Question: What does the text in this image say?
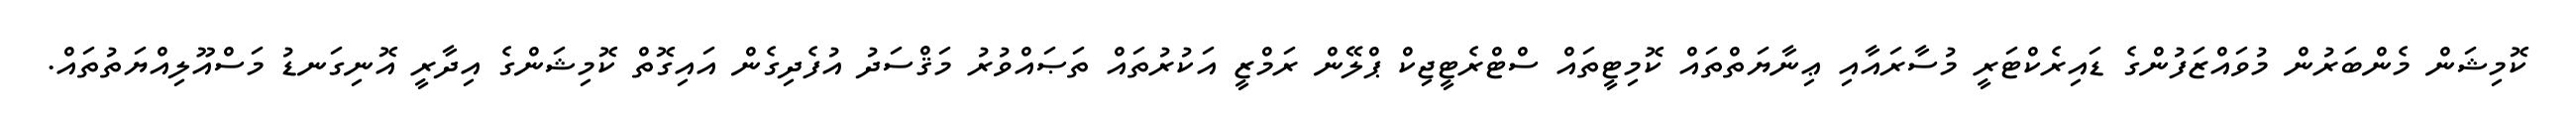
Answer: ކޮމިޝަން މެންބަރުން މުވައްޒަފުންގެ ޑައިރެކްޓަރީ މުސާރައާއި ޢިނާޔަތްތައް ކޮމިޓީތައް ސްޓްރެޓީޖިކް ޕްލޭން ރަމްޒީ އަކުރުތައް ތަޞައްވުރު މަޤްސަދު އުފެދިގެން އައިގޮތް ކޮމިޝަންގެ އިދާރީ އޮނިގަނޑު މަސްއޫލިއްޔަތުތައް.